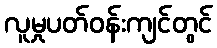
လူမှုပတ်ဝန်းကျင်တွင်